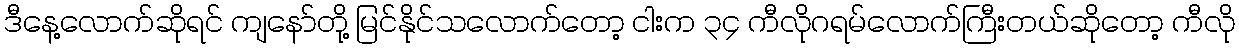
ဒီနေ့လောက်ဆိုရင် ကျနော်တို့ မြင်နိုင်သလောက်တော့ ငါးက ၃၄ ကီလိုဂရမ်လောက်ကြီးတယ်ဆိုတော့ ကီလို